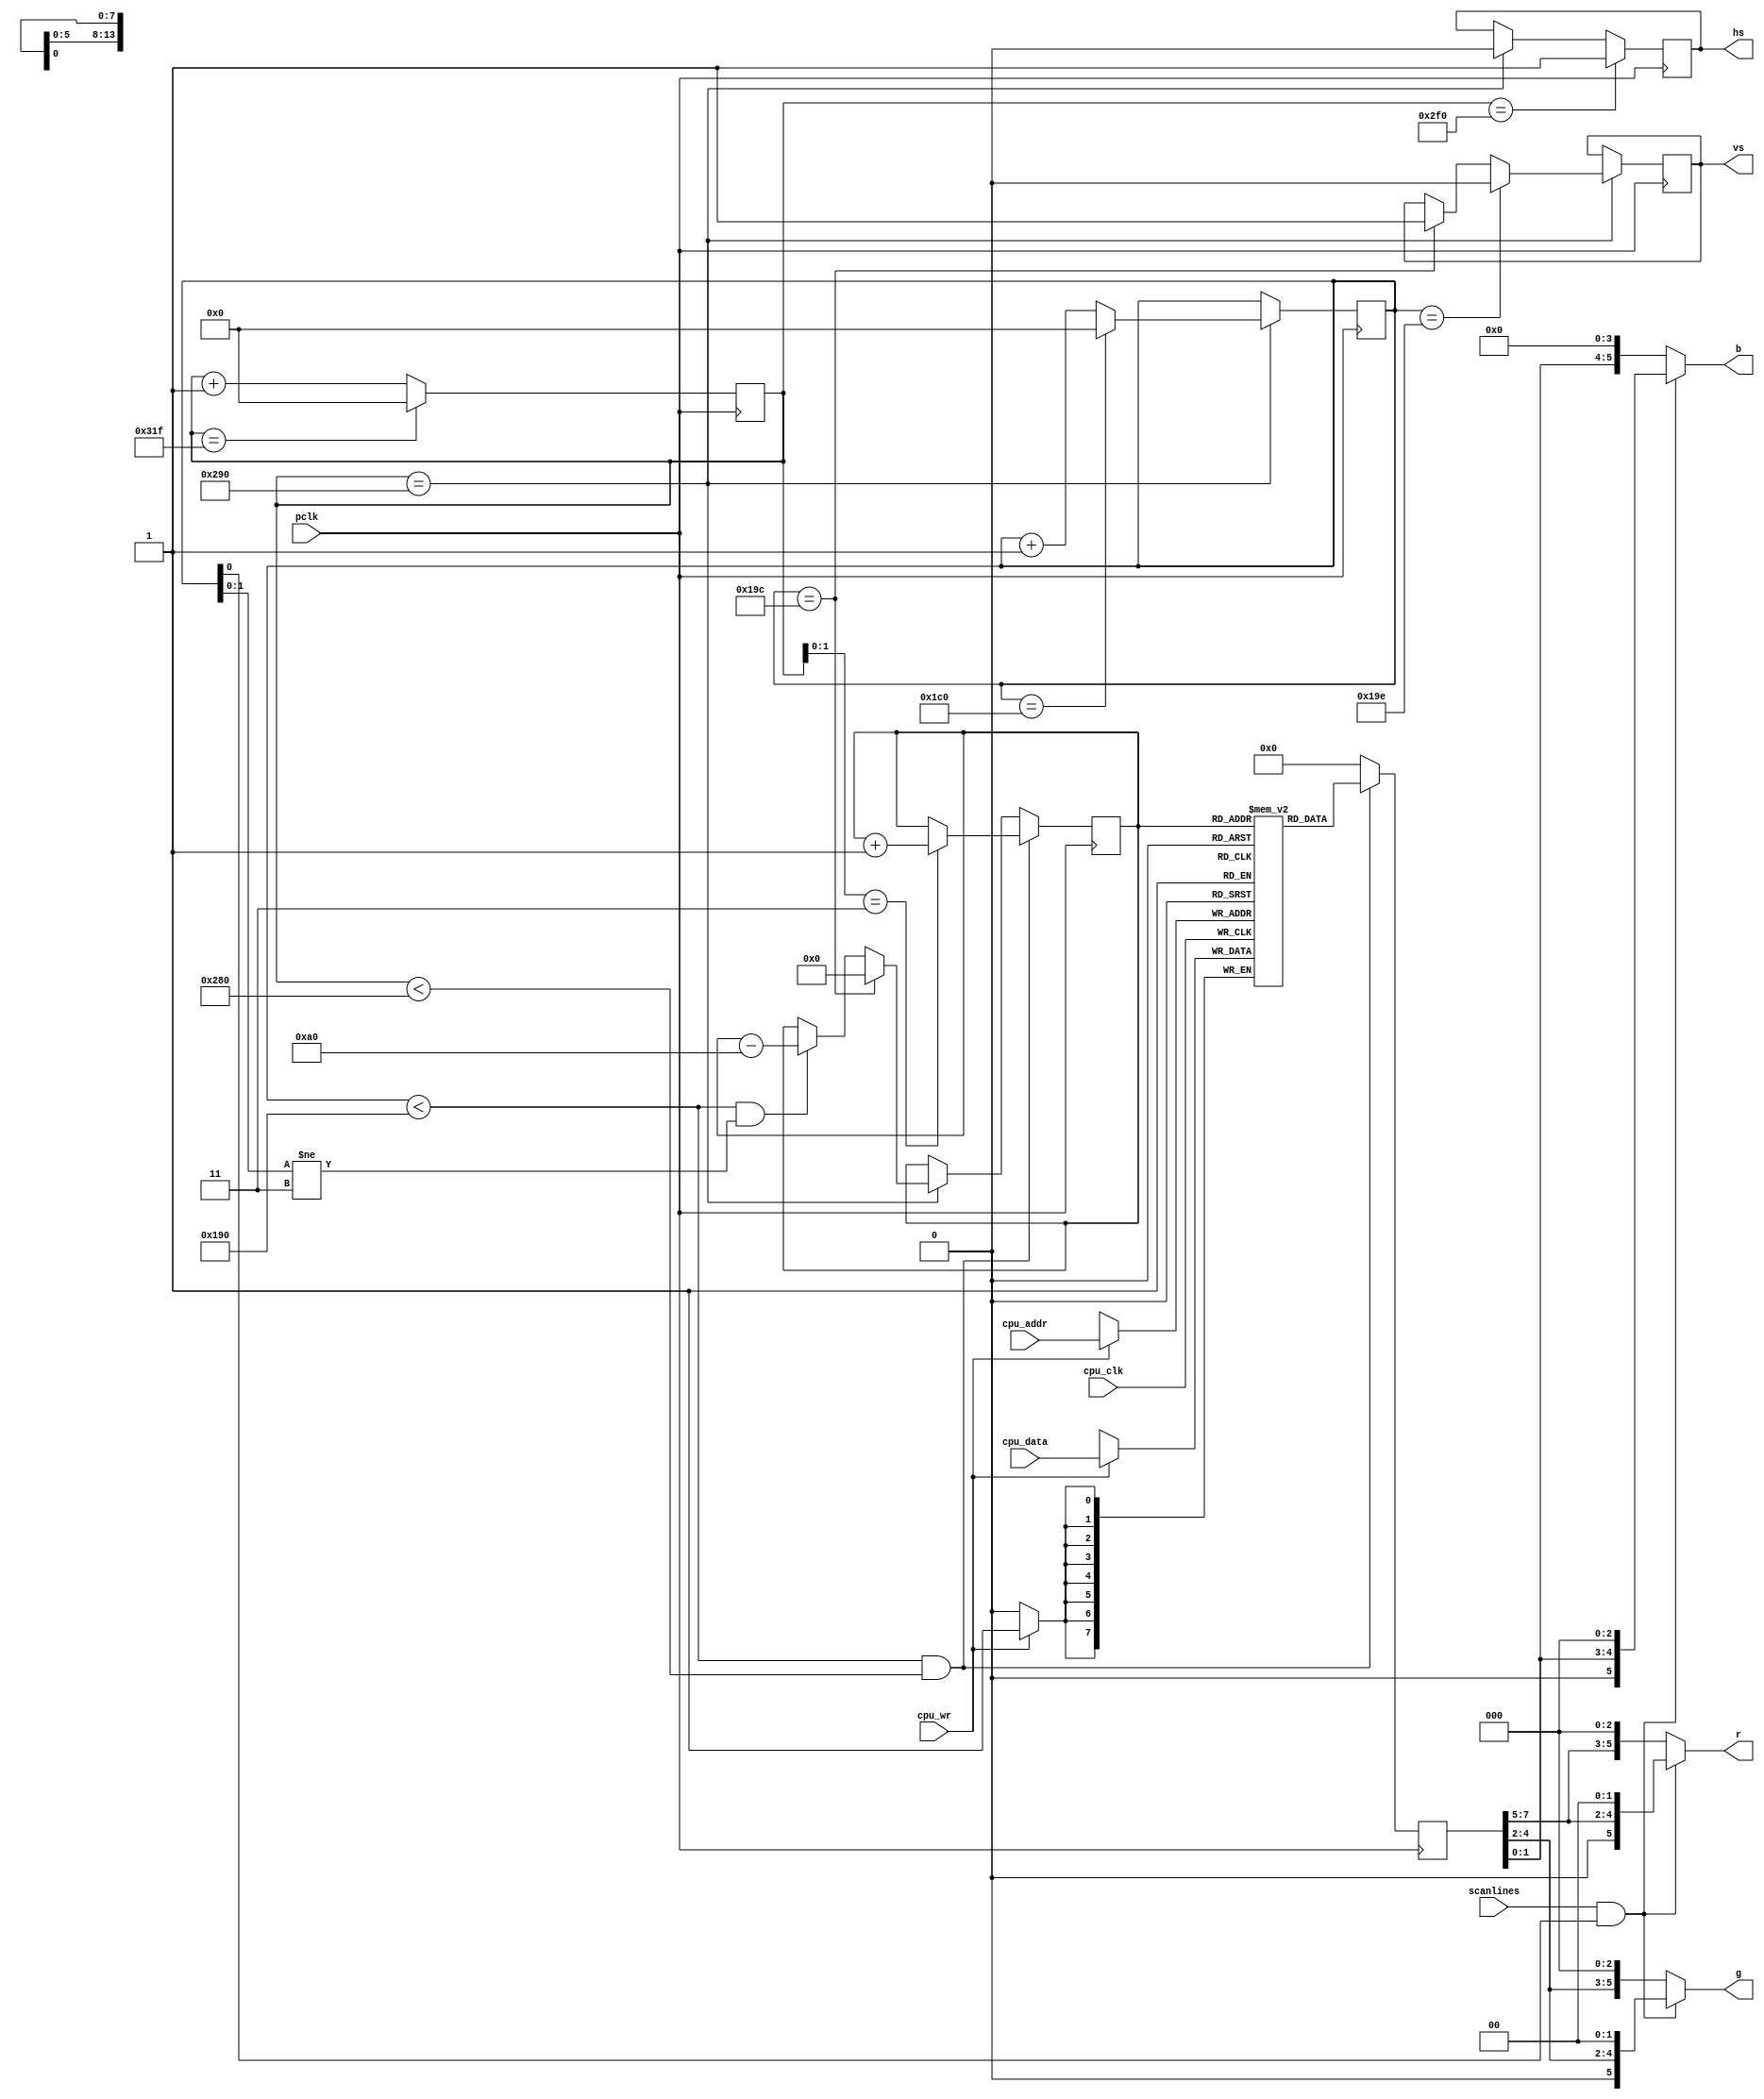
// A simple system-on-a-chip (SoC) for the MiST
// (c) 2015 Till Harbaum

// VGA controller generating 160x100 pixles. The VGA mode ised is 640x400
// combining every 4 row and column

// http://tinyvga.com/vga-timing/640x400@70Hz

module vga (
   // pixel clock
   input  pclk,
	
	// CPU interface (write only!)
	input  cpu_clk,
	input  cpu_wr,
	input [13:0] cpu_addr,
	input [7:0] cpu_data,

	// enable/disable scanlines
	input scanlines,
	
	// output to VGA screen
   output reg	hs,
   output reg 	vs,
   output [5:0] r,
   output [5:0] g,
   output [5:0] b
);
					
// 640x400 70HZ VESA according to  http://tinyvga.com/vga-timing/640x400@70Hz
parameter H   = 640;    // width of visible area
parameter HFP = 16;     // unused time before hsync
parameter HS  = 96;     // width of hsync
parameter HBP = 48;     // unused time after hsync

parameter V   = 400;    // height of visible area
parameter VFP = 12;     // unused time before vsync
parameter VS  = 2;      // width of vsync
parameter VBP = 35;     // unused time after vsync

reg[9:0]  h_cnt;        // horizontal pixel counter
reg[9:0]  v_cnt;        // vertical pixel counter

// both counters count from the begin of the visibla area

// horizontal pixel counter
always@(posedge pclk) begin
	if(h_cnt==H+HFP+HS+HBP-1)   h_cnt <= 10'd0;
	else                        h_cnt <= h_cnt + 10'd1;

        // generate negative hsync signal
	if(h_cnt == H+HFP)    hs <= 1'b0;
	if(h_cnt == H+HFP+HS) hs <= 1'b1;
end

// veritical pixel counter
always@(posedge pclk) begin
        // the vertical counter is processed at the begin of each hsync
	if(h_cnt == H+HFP) begin
		if(v_cnt==VS+VBP+V+VFP-1)  v_cnt <= 10'd0; 
		else								v_cnt <= v_cnt + 10'd1;

               // generate positive vsync signal
 		if(v_cnt == V+VFP)    vs <= 1'b1;
		if(v_cnt == V+VFP+VS) vs <= 1'b0;
	end
end

// 16000 bytes of internal video memory for 160x100 pixel at 8 Bit (RGB 332)
reg [7:0] vmem [160*100-1:0];

reg [13:0] video_counter;
reg [7:0] pixel;

// write VRAM via CPU interface
always @(posedge cpu_clk)
	if(cpu_wr) 
		vmem[cpu_addr] <= cpu_data;

// read VRAM for video generation
always@(posedge pclk) begin
       // The video counter is being reset at the begin of each vsync.
        // Otherwise it's increased every fourth pixel in the visible area.
        // At the end of the first three of four lines the counter is
        // decreased by the total line length to display the same contents
        // for four lines so 100 different lines are displayed on the 400
        // VGA lines.

        // visible area?
	if((v_cnt < V) && (h_cnt < H)) begin
		// increase video counter after each pixel
		if(h_cnt[1:0] == 2'd3)
			video_counter <= video_counter + 14'd1;
		
		pixel <= vmem[video_counter];               // read VRAM
	end else begin
	        // video counter is manipulated at the end of a line outside
	        // the visible area
		if(h_cnt == H+HFP) begin
			// the video counter is reset at the begin of the vsync
		        // at the end of three of four lines it's decremented
		        // one line to repeat the same pixels over four display
		        //  lines
			if(v_cnt == V+VFP)
				video_counter <= 14'd0;
			else if((v_cnt < V) && (v_cnt[1:0] != 2'd3))
				video_counter <= video_counter - 14'd160;
		end
			
		pixel <= 8'h00;   // color outside visible area: black
	end
end

// split the 8 rgb bits into the three base colors. Every second line is
// darker when scanlines are enabled
wire scanline = scanlines && v_cnt[0];
assign r = (!scanline)?{ pixel[7:5],  3'b000 }:{ 1'b0, pixel[7:5],  2'b00 };
assign g = (!scanline)?{ pixel[4:2],  3'b000 }:{ 1'b0, pixel[4:2],  2'b00 };
assign b = (!scanline)?{ pixel[1:0], 4'b0000 }:{ 1'b0, pixel[1:0], 3'b000 };

endmodule